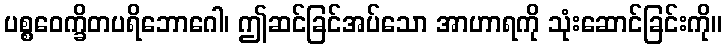
ပစ္စဝေက္ခိတပရိဘောဂေါ၊ ဤဆင်ခြင်အပ်သော အာဟာရကို သုံးဆောင်ခြင်းကို။